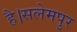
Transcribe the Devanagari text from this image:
है।सलेमपुर